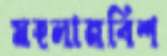
মহলানবিশ